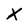
Character: K